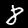
Label: 8